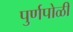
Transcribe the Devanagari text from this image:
पुर्णपोळी